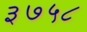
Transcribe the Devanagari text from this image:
३७५८